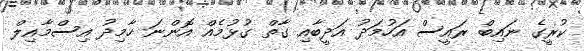
ކުރީގެ ނައިބް ރައީސް އަހުމަދު އަދީބާއި ގާތް ގުޅުމެއް އޮންނަ ހާމިދު އިސްމާއިލް